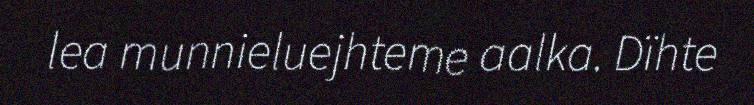
lea munnieluejhteme aalka. Dïhte